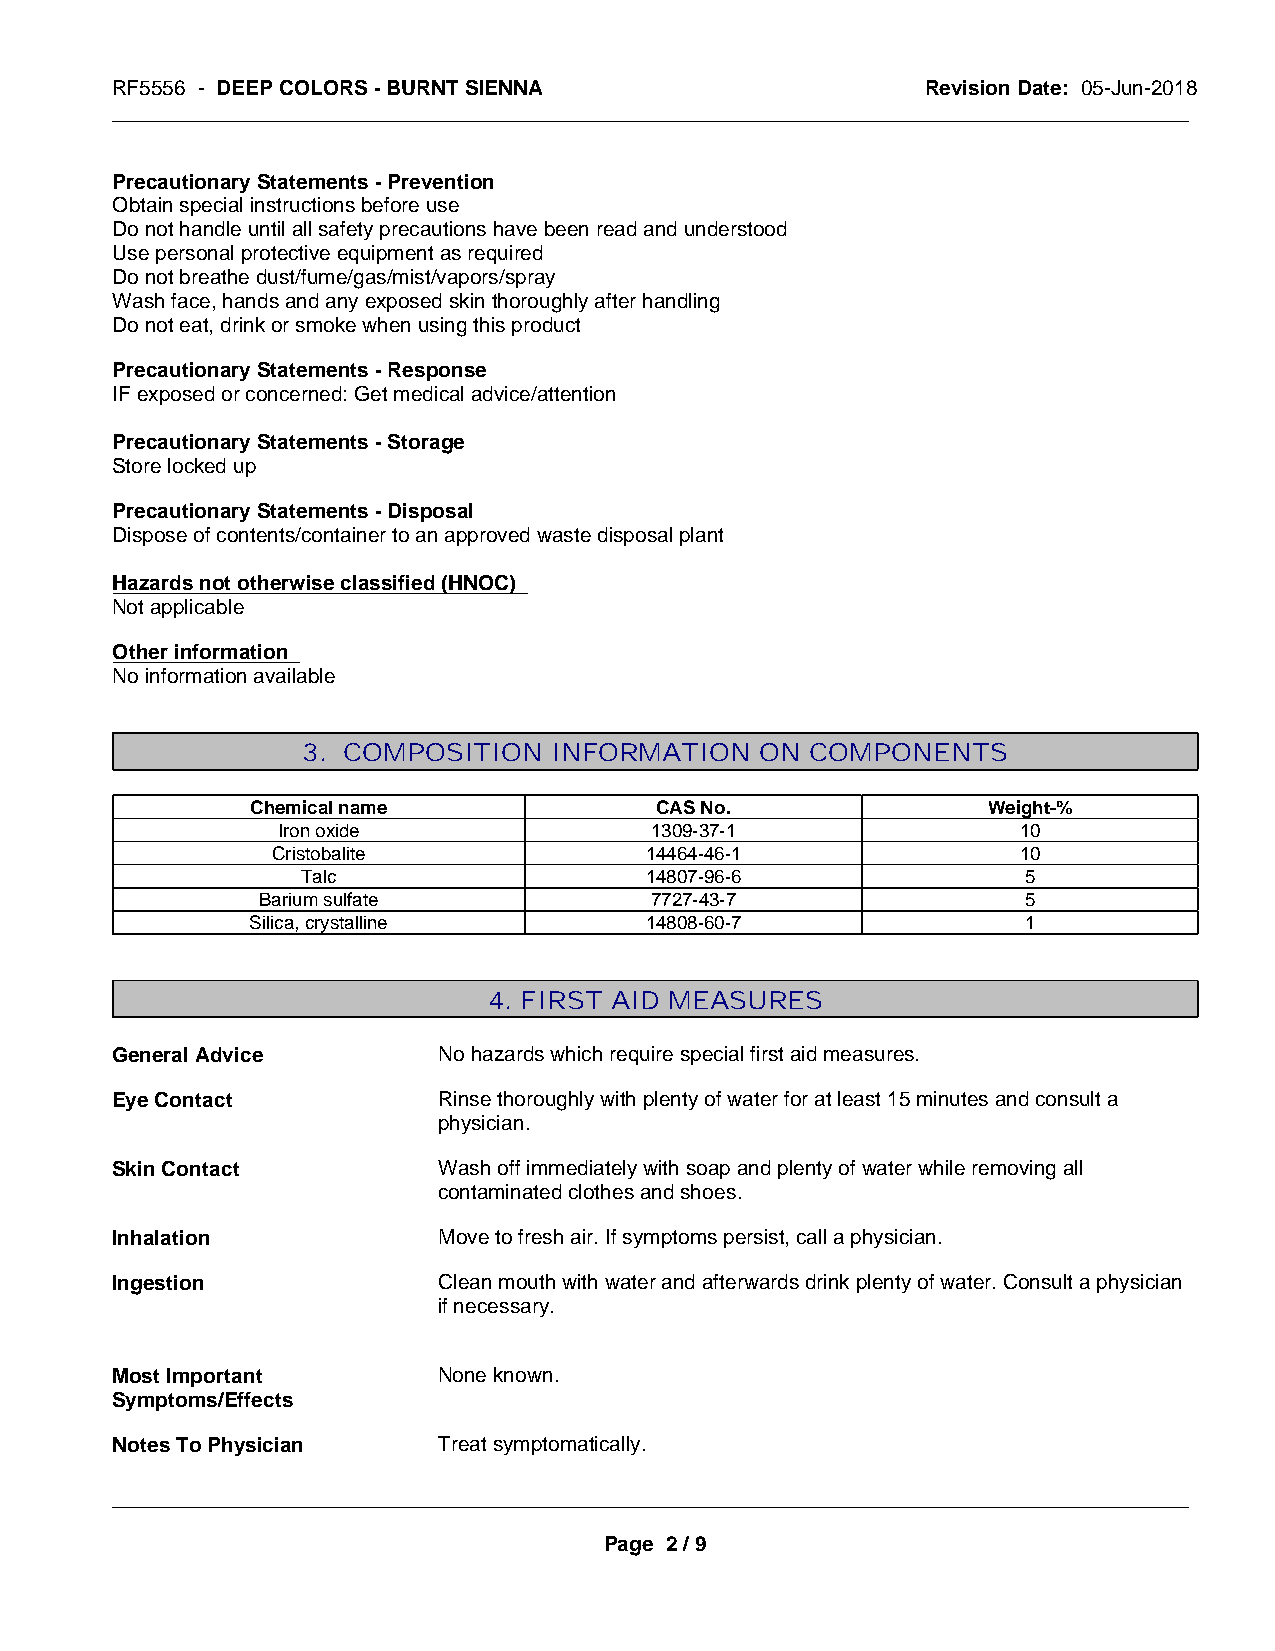
RF5556 - DEEP COLORS - BURNT SIENNA                   Revision Date: 05-Jun-2018
 _____________________________________________________________________________________________
 Precautionary Statements - Prevention
 Obtain special instructions before use
 Do not handle until all safety precautions have been read and understood
 Use personal protective equipment as required
 Do not breathe dust/fume/gas/mist/vapors/spray
 Wash face, hands and any exposed skin thoroughly after handling
 Do not eat, drink or smoke when using this product
 Precautionary Statements - Response
 IF exposed or concerned: Get medical advice/attention
 Precautionary Statements - Storage
 Store locked up
 Precautionary Statements - Disposal
 Dispose of contents/container to an approved waste disposal plant
 Hazards not otherwise classified (HNOC)
 Not applicable
 Other information
 No information available
 3. COMPOSITION   INFORMATION  ON  COMPONENTS
 Chemical name             CAS No.               Weight-%
 Iron oxide               1309-37-1                10
 Cristobalite             14464-46-1               10
 Talc                   14807-96-6               5
 Barium sulfate            7727-43-7                5
 Silica, crystalline       14808-60-7               1
 4. FIRST AID MEASURES
 General Advice        No hazards which require special first aid measures.
 Eye Contact           Rinse thoroughly with plenty of water for at least 15 minutes and consult a
 physician.
 Skin Contact          Wash off immediately with soap and plenty of water while removing all
 contaminated clothes and shoes.
 Inhalation            Move to fresh air. If symptoms persist, call a physician.
 Ingestion             Clean mouth with water and afterwards drink plenty of water. Consult a physician
 if necessary.
 Most Important        None known.
 Symptoms/Effects
 Notes To Physician    Treat symptomatically.
 _____________________________________________________________________________________________
 Page 2 / 9